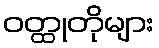
ဝတ္ထုတိုများ